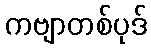
ကဗျာတစ်ပုဒ်